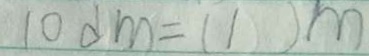
1 0 d m = ( 1 ) m